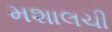
મશાલચી